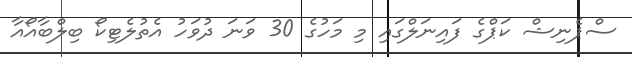
ސްޕެނިޝް ކަޕްގެ ފައިނަލްގައި މި މަހުގެ 30 ވަނަ ދުވަހު އެތުލެޓިކޯ ބިލްބާއޯއާ